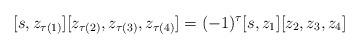
LaTeX: \begin{align*} [s, z_{\tau (1)}] [z_{\tau (2)}, z_{\tau (3)}, z_{\tau (4)}] = (- 1)^{\tau} [s, z_1] [z_2, z_3, z_4] \end{align*}